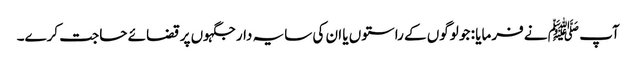
آپ ﷺ نے فرمایا : جو لوگوں کے راستوں یا ان کی سایہ دار جگہوں پر قضائے حاجت کرے۔